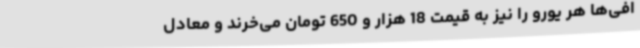
افی‌ها هر یورو را نیز به قیمت 18 هزار و 650 تومان می‌خرند و معادل